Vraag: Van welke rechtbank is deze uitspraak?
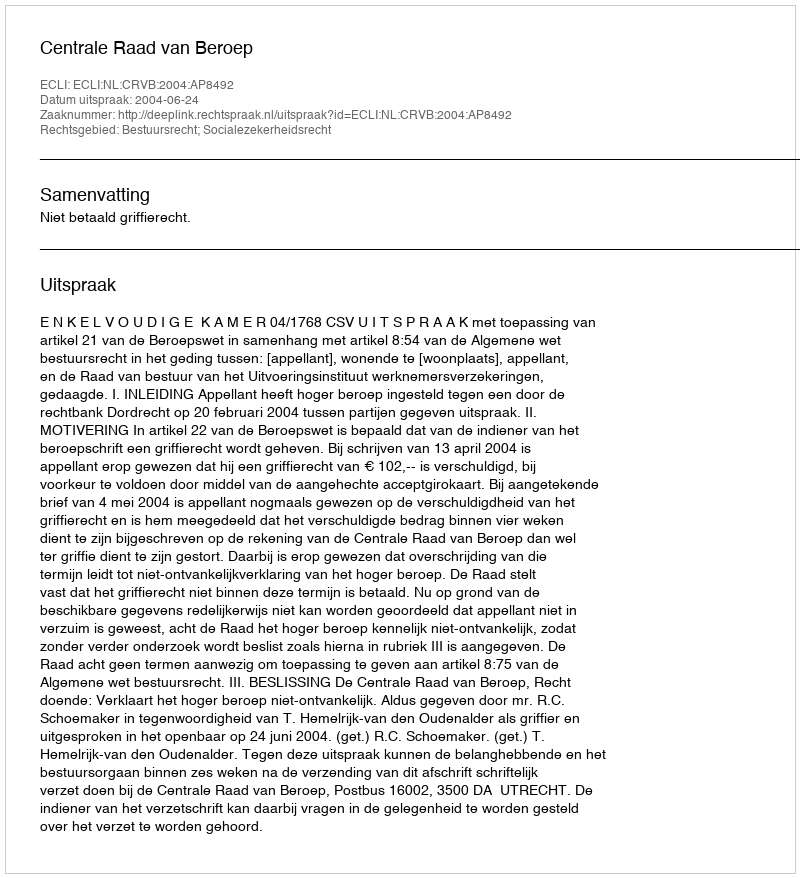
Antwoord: Centrale Raad van Beroep